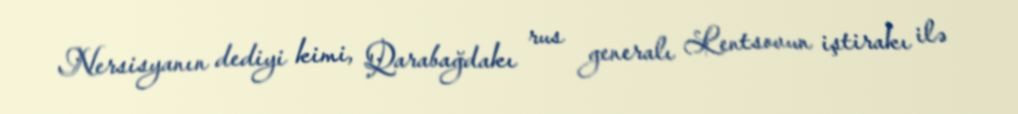
Nersisyanın dediyi kimi, Qarabağdakı rus generalı Lentsovun iştirakı ilə